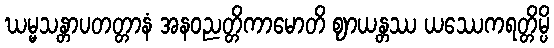
ဃမ္မသန္တာပတတ္တာနံ အနဝညတ္တိကာမောတိ ဈာယန္တဿ ယဿေကရတ္တိမ္ပိ